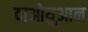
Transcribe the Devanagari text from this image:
दाओयुआन